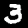
Label: 3